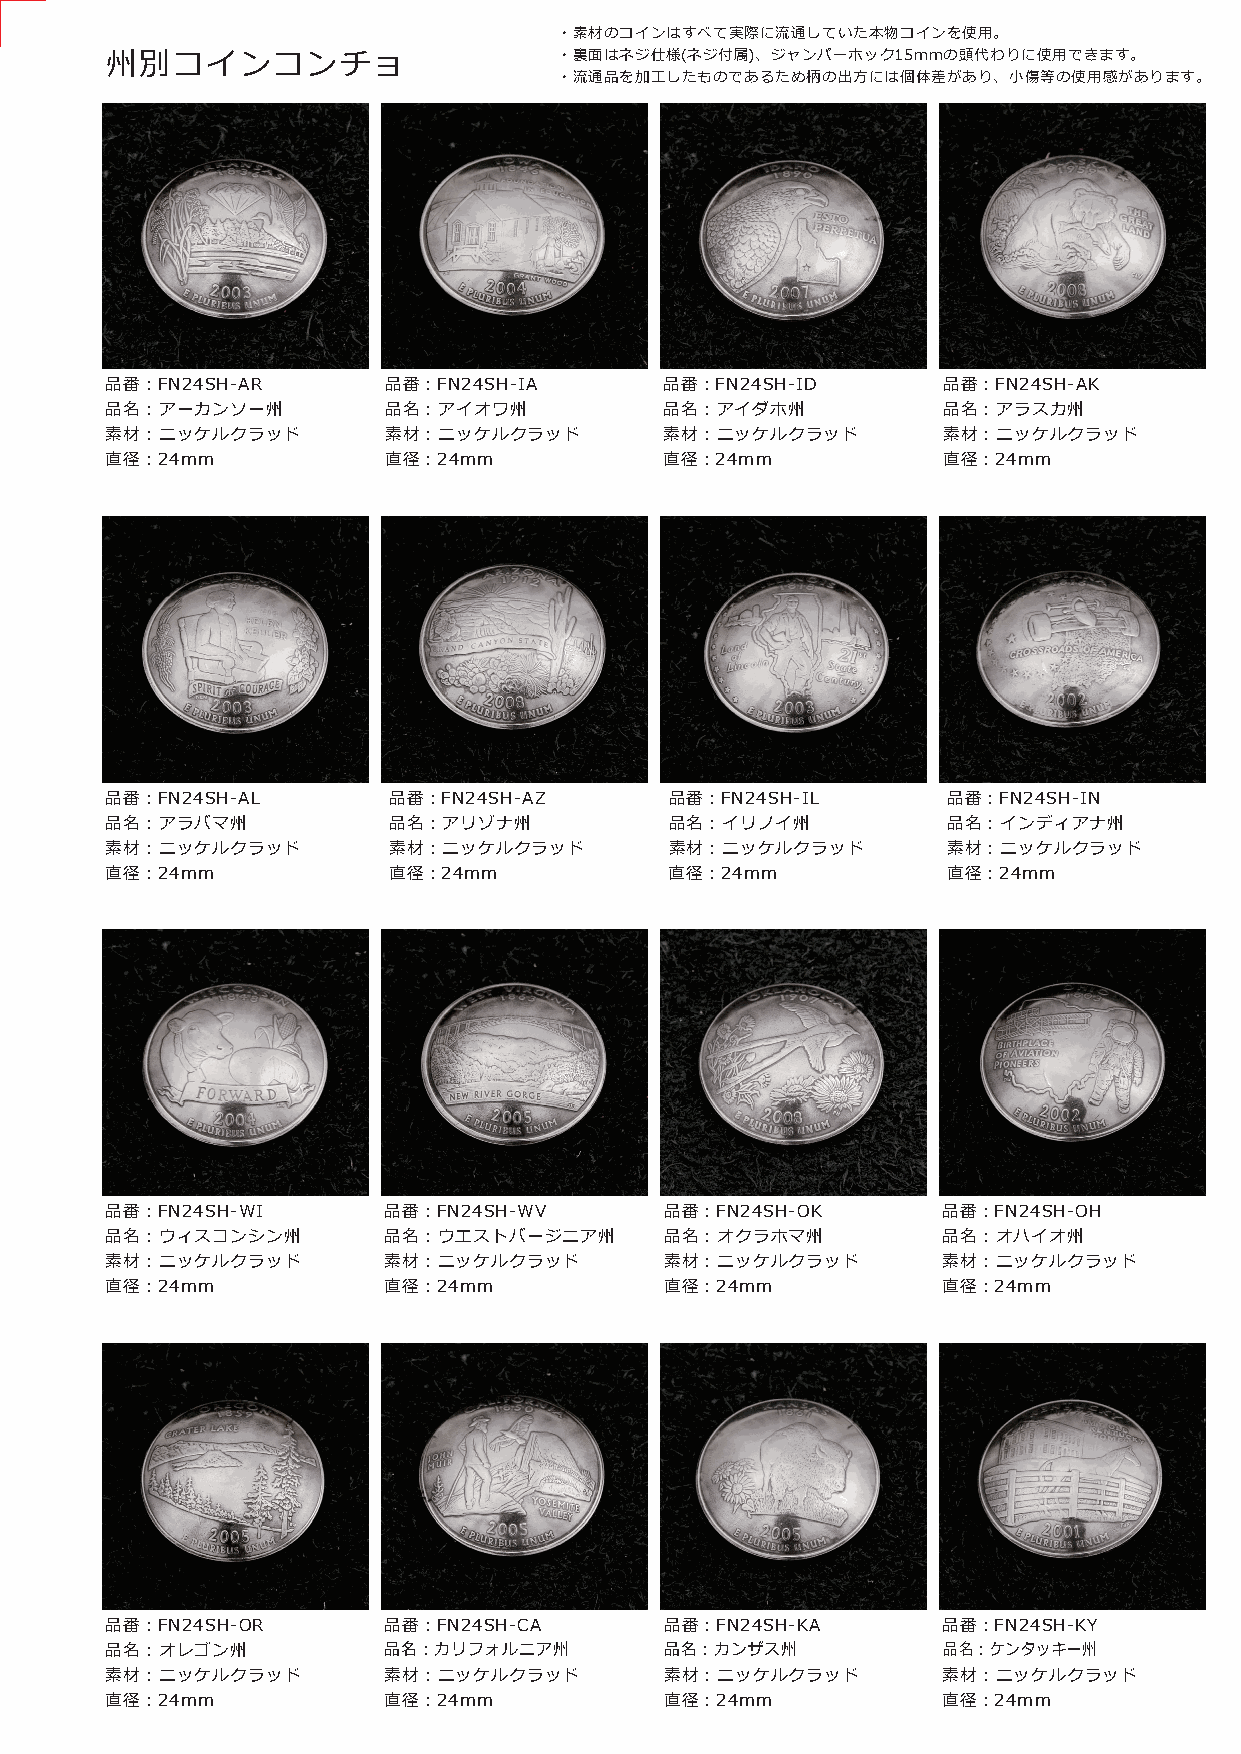
・素材のコインはすべて実際に流通していた本物コインを使用。
 州別コインコンチョ                     ・裏面はネジ仕様(ネジ付属)、ジャンパーホック15mmの頭代わりに使用できます。
 ・流通品を加工したものであるため柄の出方には個体差があり、小傷等の使用感があります。
 品番：FN24SH-AR      品番：FN24SH-IA       品番：FN24SH-ID      品番：FN24SH-AK
 品名：アーカンソー州        品名：アイオワ州           品名：アイダホ州          品名：アラスカ州
 素材：ニッケルクラッド       素材：ニッケルクラッド        素材：ニッケルクラッド       素材：ニッケルクラッド
 直径：24mm           直径：24mm            直径：24mm           直径：24mm
 品番：FN24SH-AL       品番：FN24SH-AZ      品番：FN24SH-IL       品番：FN24SH-IN
 品名：アラバマ州           品名：アリゾナ州          品名：イリノイ州           品名：インディアナ州
 素材：ニッケルクラッド        素材：ニッケルクラッド       素材：ニッケルクラッド        素材：ニッケルクラッド
 直径：24mm            直径：24mm           直径：24mm            直径：24mm
 品番：FN24SH-WI      品番：FN24SH-WV       品番：FN24SH-OK      品番：FN24SH-OH
 品名：ウィスコンシン州       品名：ウエストバージニア州      品名：オクラホマ州         品名：オハイオ州
 素材：ニッケルクラッド       素材：ニッケルクラッド        素材：ニッケルクラッド       素材：ニッケルクラッド
 直径：24mm           直径：24mm            直径：24mm           直径：24mm
 品番：FN24SH-OR      品番：FN24SH-CA       品番：FN24SH-KA      品番：FN24SH-KY
 品名：オレゴン州          品名：カリフォルニア州        品名：カンザス州          品名：ケンタッキー州
 素材：ニッケルクラッド       素材：ニッケルクラッド        素材：ニッケルクラッド       素材：ニッケルクラッド
 直径：24mm           直径：24mm            直径：24mm           直径：24mm